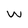
Character: w